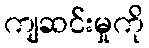
ကျဆင်းမှုကို